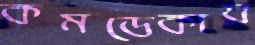
কমডেকায়